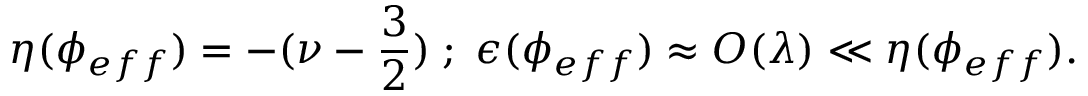
\eta ( \phi _ { e f f } ) = - ( \nu - \frac { 3 } { 2 } ) \; ; \; \epsilon ( \phi _ { e f f } ) \approx { \cal O } ( \lambda ) \ll \eta ( \phi _ { e f f } ) .